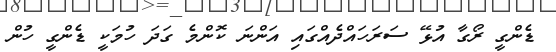
ޑެންގީ ރޯގާ އުޅޭ ސަރަހައްދެއްގައި އަންނަ ކޮންމެ ގަދަ ހުމަކީ ޑެންގީ ހުން